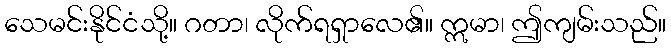
သေမင်းနိုင်ငံသို့။ ဂတာ၊ လိုက်ရရှာလေ၏။ ဣမာ၊ ဤကျမ်းသည်။